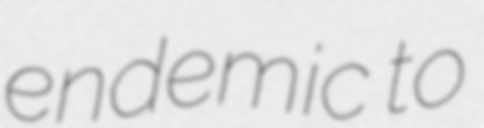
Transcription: endemic to